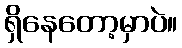
ရှိနေတော့မှာပဲ။